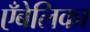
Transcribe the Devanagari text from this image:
एँबेलिका